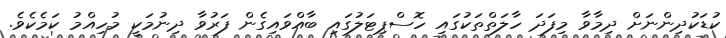
ކުޑަކުދިންނަށް ދިމާވާ މިފަދަ ހާލަތްތަކުގައި ހޮސްޕިޓަލުގައި ބާއްވައިގެން ފަރުވާ ދިނުމަކީ މުހިއްމު ކަމެކެވެ.